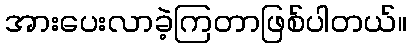
အားပေးလာခဲ့ကြတာဖြစ်ပါတယ်။